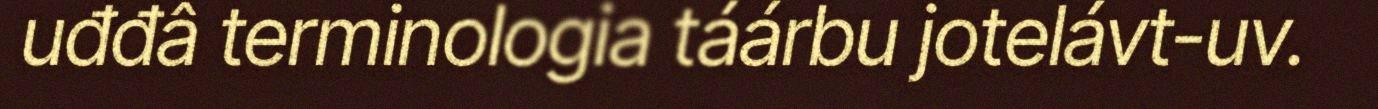
uđđâ terminologia táárbu jotelávt-uv.